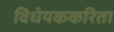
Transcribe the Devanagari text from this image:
विधेयककरिता